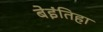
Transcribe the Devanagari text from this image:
बेइंतिहा